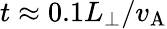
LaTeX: t\approx 0.1L_{\perp}/v_{\mathrm{A}}